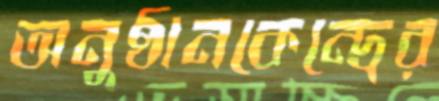
অনুষ্ঠানকেন্দ্রের